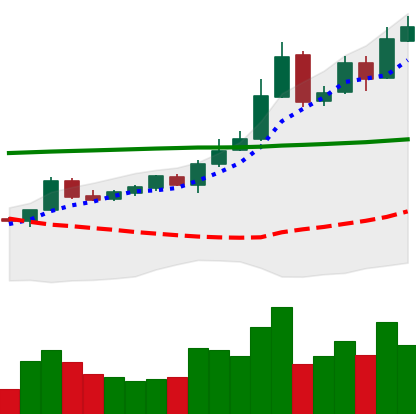
Ticker: BTC-USD
Chart end date: 2015-10-23
Forward return: 10.171%
Label: up_7plus